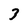
Character: 3